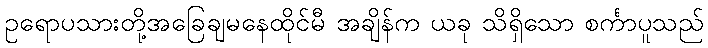
ဥရောပသားတို့အခြေချမနေထိုင်မီ အချိန်က ယခု သိရှိသော စင်္ကာပူသည်